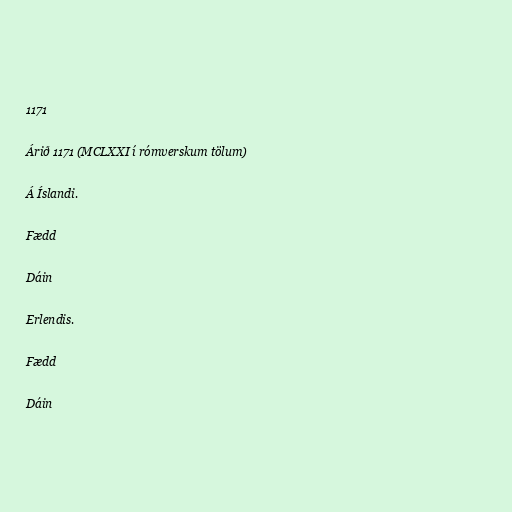
1171

Árið 1171 (MCLXXI í rómverskum tölum)

Á Íslandi.

Fædd

Dáin

Erlendis.

Fædd

Dáin